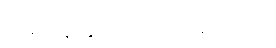
သုံးသိန်းနှစ်သောင်းမျှရှိသည်။